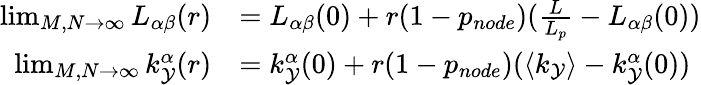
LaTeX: \begin{array}{rl}{\operatorname*{lim}_{M,N\to\infty}L_{\alpha\beta}(r)}&{=L_{\alpha\beta}(0)+r(1-p_{node})(\frac{L}{L_{p}}-L_{\alpha\beta}(0))}\\ {\operatorname*{lim}_{M,N\to\infty}k_{\mathcal{Y}}^{\alpha}(r)}&{=k_{\mathcal{Y}}^{\alpha}(0)+r(1-p_{node})(\langle k_{\mathcal{Y}}\rangle-k_{\mathcal{Y}}^{\alpha}(0))}\end{array}